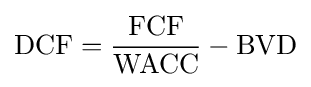
\mathrm {DCF} ={\frac {\mbox{FCF}}{\mbox{WACC}}}-{\mbox{BVD}}